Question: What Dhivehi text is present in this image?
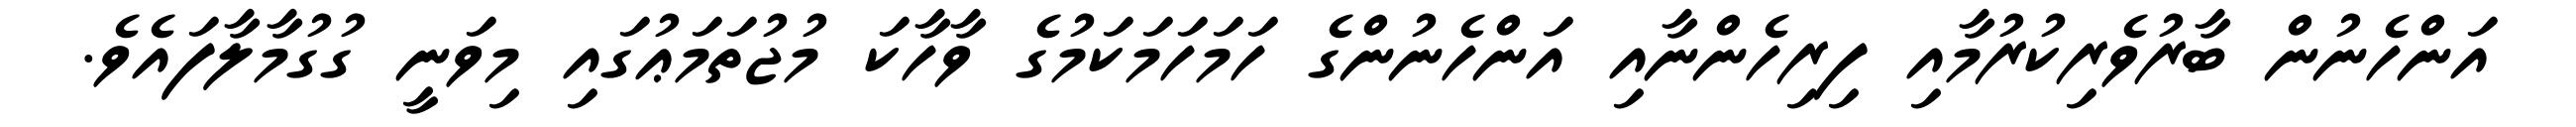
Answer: އަންހެނުން ބާރުވެރިކުރުމާއި ފިރިހެންނާއި އަންހެނުންގެ ހަމަހަމަކަމުގެ ވާހާކަ މުޖުތަމަޢުގައި މިވަނީ ގުގުމާލާފައެވެ.